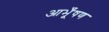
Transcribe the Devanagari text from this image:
आभूँषण